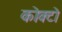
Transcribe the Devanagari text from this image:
कोक्टो